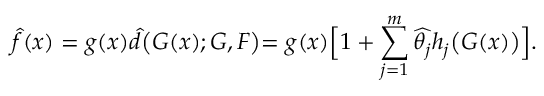
\widehat { f } ( x ) = g ( x ) \widehat { d } \bigl ( G ( x ) ; G , F \bigl ) = g ( x ) \Bigl [ 1 + \sum _ { j = 1 } ^ { m } \widehat { \theta _ { j } } h _ { j } \bigl ( G ( x ) \bigl ) \Bigl ] .